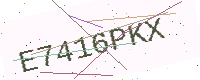
Text: E7416PKX